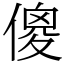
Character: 傻